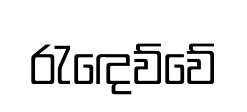
රැඳෙව්වේ